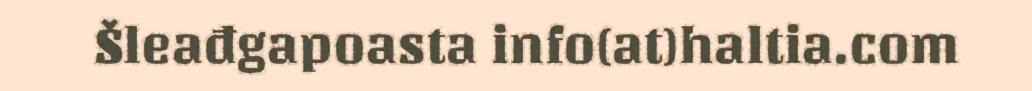
Šleađgapoasta info(at)haltia.com